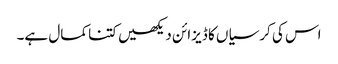
اس کی کرسیاں کا ڈیزائن دیکھیں کتنا کمال ہے۔